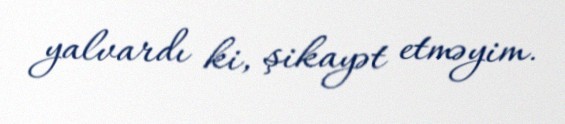
yalvardı ki, şikayət etməyim.